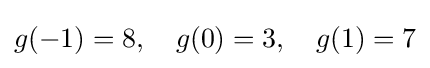
g(-1)=8,\quad g(0)=3,\quad g(1)=7